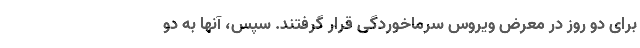
برای دو روز در معرض ویروس سرماخوردگی قرار گرفتند. سپس، آنها به دو